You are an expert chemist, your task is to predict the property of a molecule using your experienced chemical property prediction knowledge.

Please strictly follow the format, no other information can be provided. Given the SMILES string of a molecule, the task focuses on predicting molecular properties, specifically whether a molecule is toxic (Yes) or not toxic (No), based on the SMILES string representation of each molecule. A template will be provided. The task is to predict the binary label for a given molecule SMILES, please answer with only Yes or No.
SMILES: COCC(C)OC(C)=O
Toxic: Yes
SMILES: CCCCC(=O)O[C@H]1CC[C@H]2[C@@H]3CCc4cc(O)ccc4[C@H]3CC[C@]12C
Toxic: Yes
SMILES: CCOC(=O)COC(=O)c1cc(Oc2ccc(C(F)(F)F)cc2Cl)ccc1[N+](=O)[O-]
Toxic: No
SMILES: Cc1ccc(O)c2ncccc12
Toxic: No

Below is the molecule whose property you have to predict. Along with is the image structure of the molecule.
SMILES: O=S(=O)([O-])C(F)(F)C(F)(F)C(F)(F)C(F)(F)C(F)(F)C(F)(F)C(F)(F)C(F)(F)F
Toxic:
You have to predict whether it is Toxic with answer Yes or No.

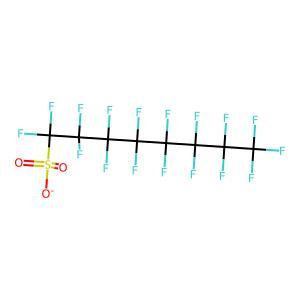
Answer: No